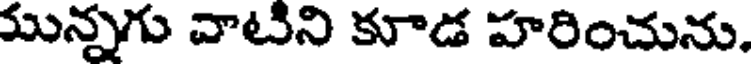
మున్నగు వాటిని కూడ హరించును.